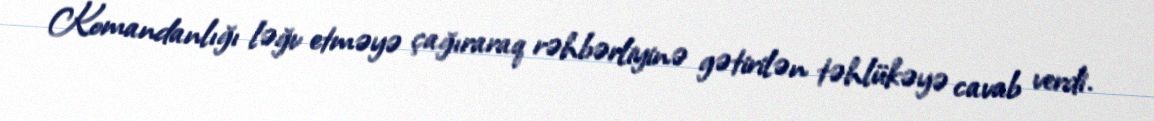
Komandanlığı ləğv etməyə çağıraraq rəhbərliyinə gətirilən təhlükəyə cavab verdi.